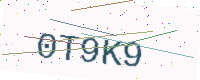
Text: 0T9K9